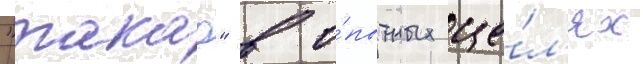
"такао" в о́пытных це́л'ях